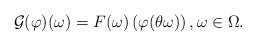
\begin{align*} \mathcal G (\varphi ) (\omega) = F( \omega) \left( \varphi (\theta \omega)\right) , \omega \in \Omega.\end{align*}